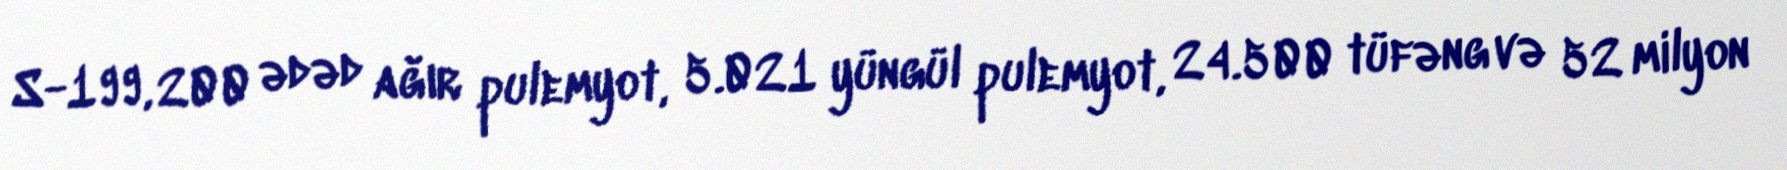
S-199, 200 ədəd ağır pulemyot, 5.021 yüngül pulemyot, 24.500 tüfəng və 52 milyon